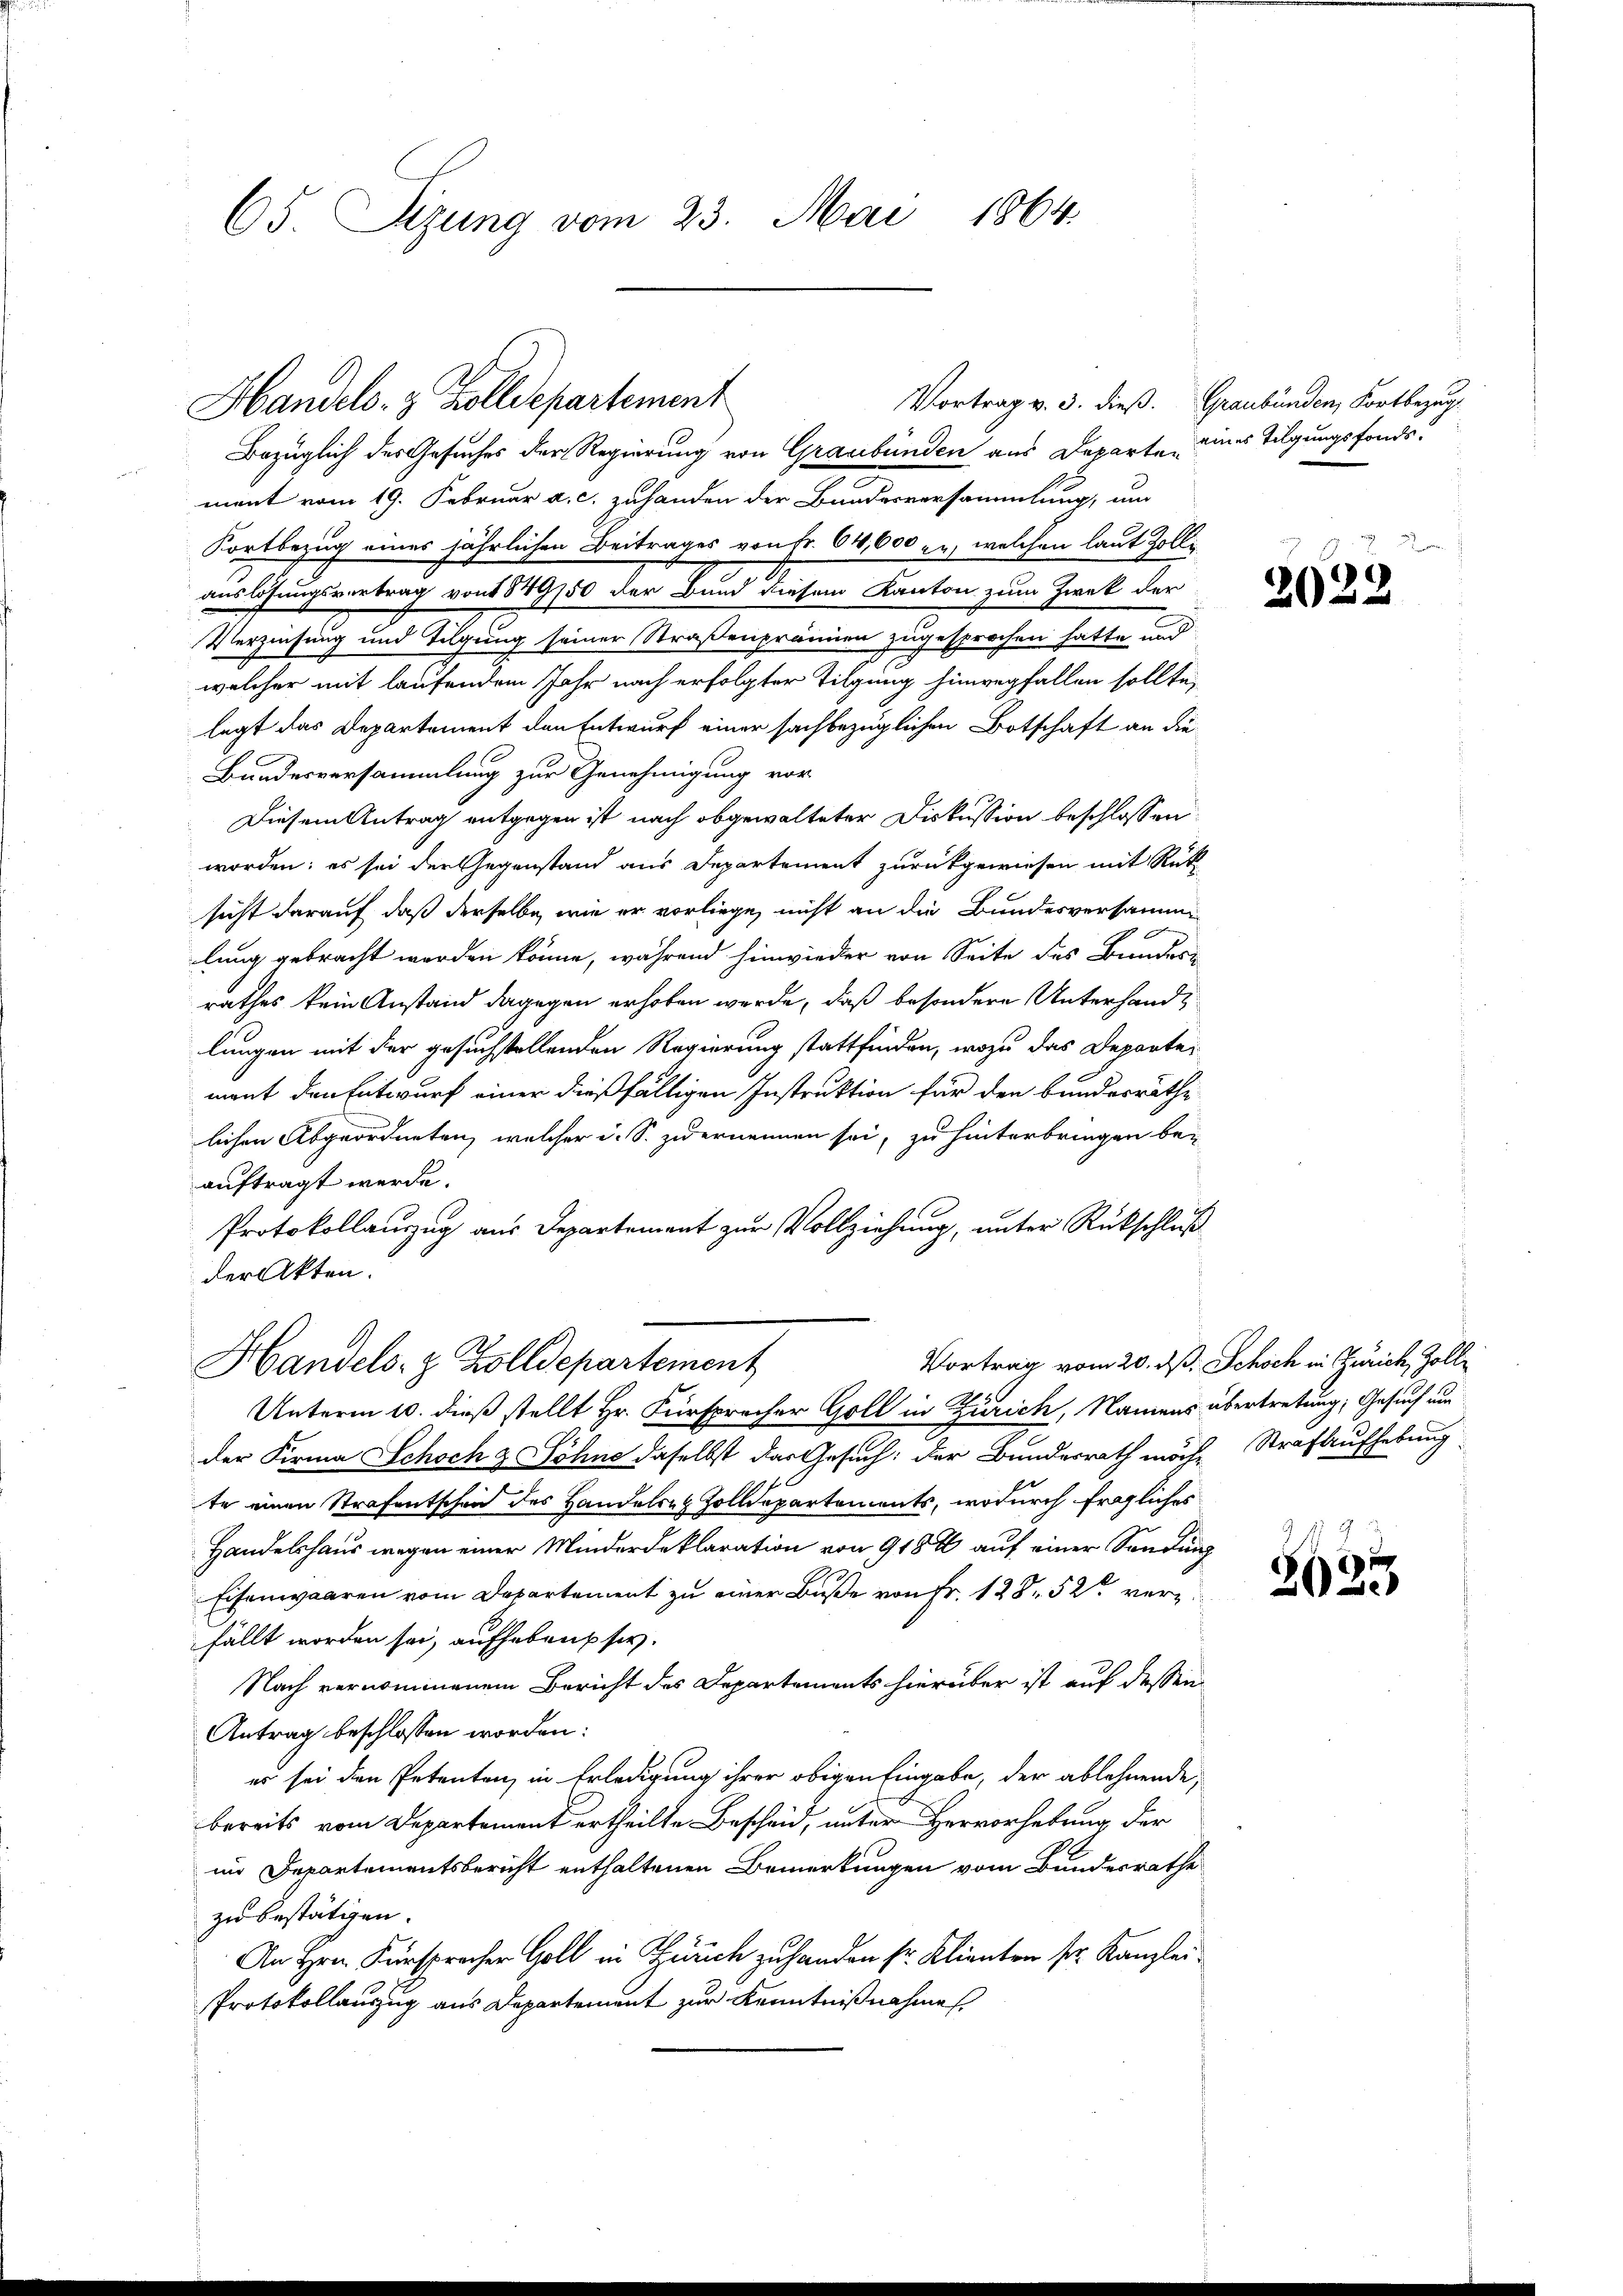
65. Sizung vom 23. Mai 1864.

Bezüglich des Gesuches der Regierung von Graubünden aus Departe, eines Tilgungsfondsment vom 19. Februar a. c. zuhanden der Bundesversammlung, um
Fortbezug eines jährlichen Beitrages von Fr. 64,000 zu, welchen laut Zolliauslösungsvortrag von 1849/50 der Bund diesem Kanton zum Zwek der
Verzinsung und Tilgung seiner Straßenprämien zugesprochen hatte und
welcher mit laufendem Jahr nach erfolgter Tilgung hinwegfallen sollte,
legt das Departement den Entwurf einer sachbezüglichen Botschaft an die¬
Bundesversammlung zur Genehmigung vor
Diesem Antrag entgegen ist nach obgewalteter Diskussion beschlossen:
worden; es sei der Gegenstand aus Departement zurückgewiesen mit Rück-
sicht darauf, daß derselbe, wie er vorliege, nicht an die Bundesversamme
lung gebracht werden könne, während hinwieder von Seite des Bundern
rathes kein Anstand dagegen erhoben werde, daß besondere Unterhandlungen mit der gesuchstellenden Regierung stattfinden, wozu das Departemant den Entwurf einer dießfälligen Instruktion für den bundesräthe
lichen Abgeordneten, welcher i. S. zu ernennen sei, zu hinterbringen be-
auftragt werde.
Protokollauszug aus Departement zur Vollziehung, unter Rückschluß
der Akten.
Vortrag vom 20. dß, Schoch in Zürich, Zoll¬
Handels- & Zolldepartement
Unterm 10. dieß stellt Hr. Fürsprocher Goll in Zürich, Namens übertretung, Gesuch um
der Firma Schoch & Söhne daselbst das Gesuch: der Bundesrath möche Strafaufhebung
te einen Strafentschen des Handelsen Zolldepartements, wodurch fragliches
Handelshaus wegen einer Minderdeklaration von 918 % auf einer Sendung
Eisenwaaren vom Departement zu einer Buße von Fr. 12852 verz
fällt worden sei, aufheben sey.
Nach vernommenem Bericht des Departements hierüber ist auf dessen
Antrag beschlossen worden:
es sei den Petenten, in Erledigung ihrer obigen Eingabe, der ablehnende,
bereits vom Departement ertheilte Bescheid, unter Hervorhebung der
in Departementsbericht enthaltenen Bemerkungen vom Bundesrathe
zu bestätigen.
An Hrn. Fürspracher Goll in Zürich zu handen sr. Klienten sr. Kanzlei¬
Protokollauszug aus Departement zur Kenntnißnahme

Vortrag v. 3. dieß.
Handels- & Zolldepartement

Graubünden, Fortbezug

2022

2633